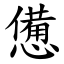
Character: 憊